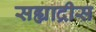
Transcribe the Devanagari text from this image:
सह्याद्रीस